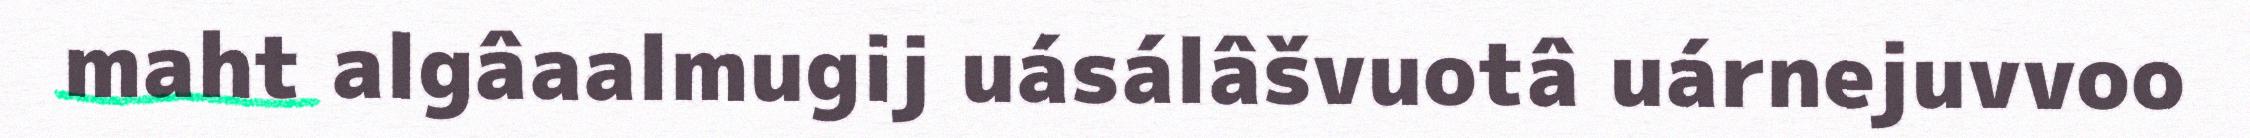
maht algâaalmugij uásálâšvuotâ uárnejuvvoo